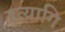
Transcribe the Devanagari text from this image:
इत्यागि